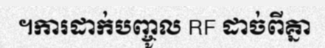
។ការដាក់បញ្ចូល RF ដាច់ពីគ្នា